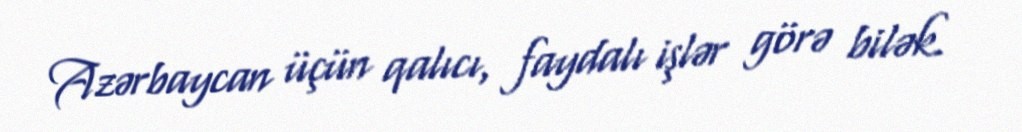
Azərbaycan üçün qalıcı, faydalı işlər görə bilək.